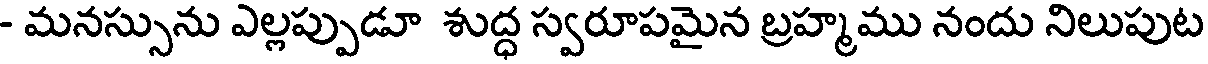
- మనస్సును ఎల్లప్పుడూ శుద్ధ స్వరూపమైన బ్రహ్మము నందు నిలుపుట